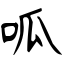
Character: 呱